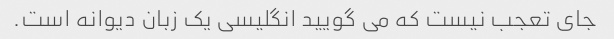
جای تعجب نیست که می گویید انگلیسی یک زبان دیوانه است.